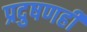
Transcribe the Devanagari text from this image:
प्रदुषणही